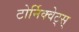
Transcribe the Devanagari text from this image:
टोर्निक्वेट्स्